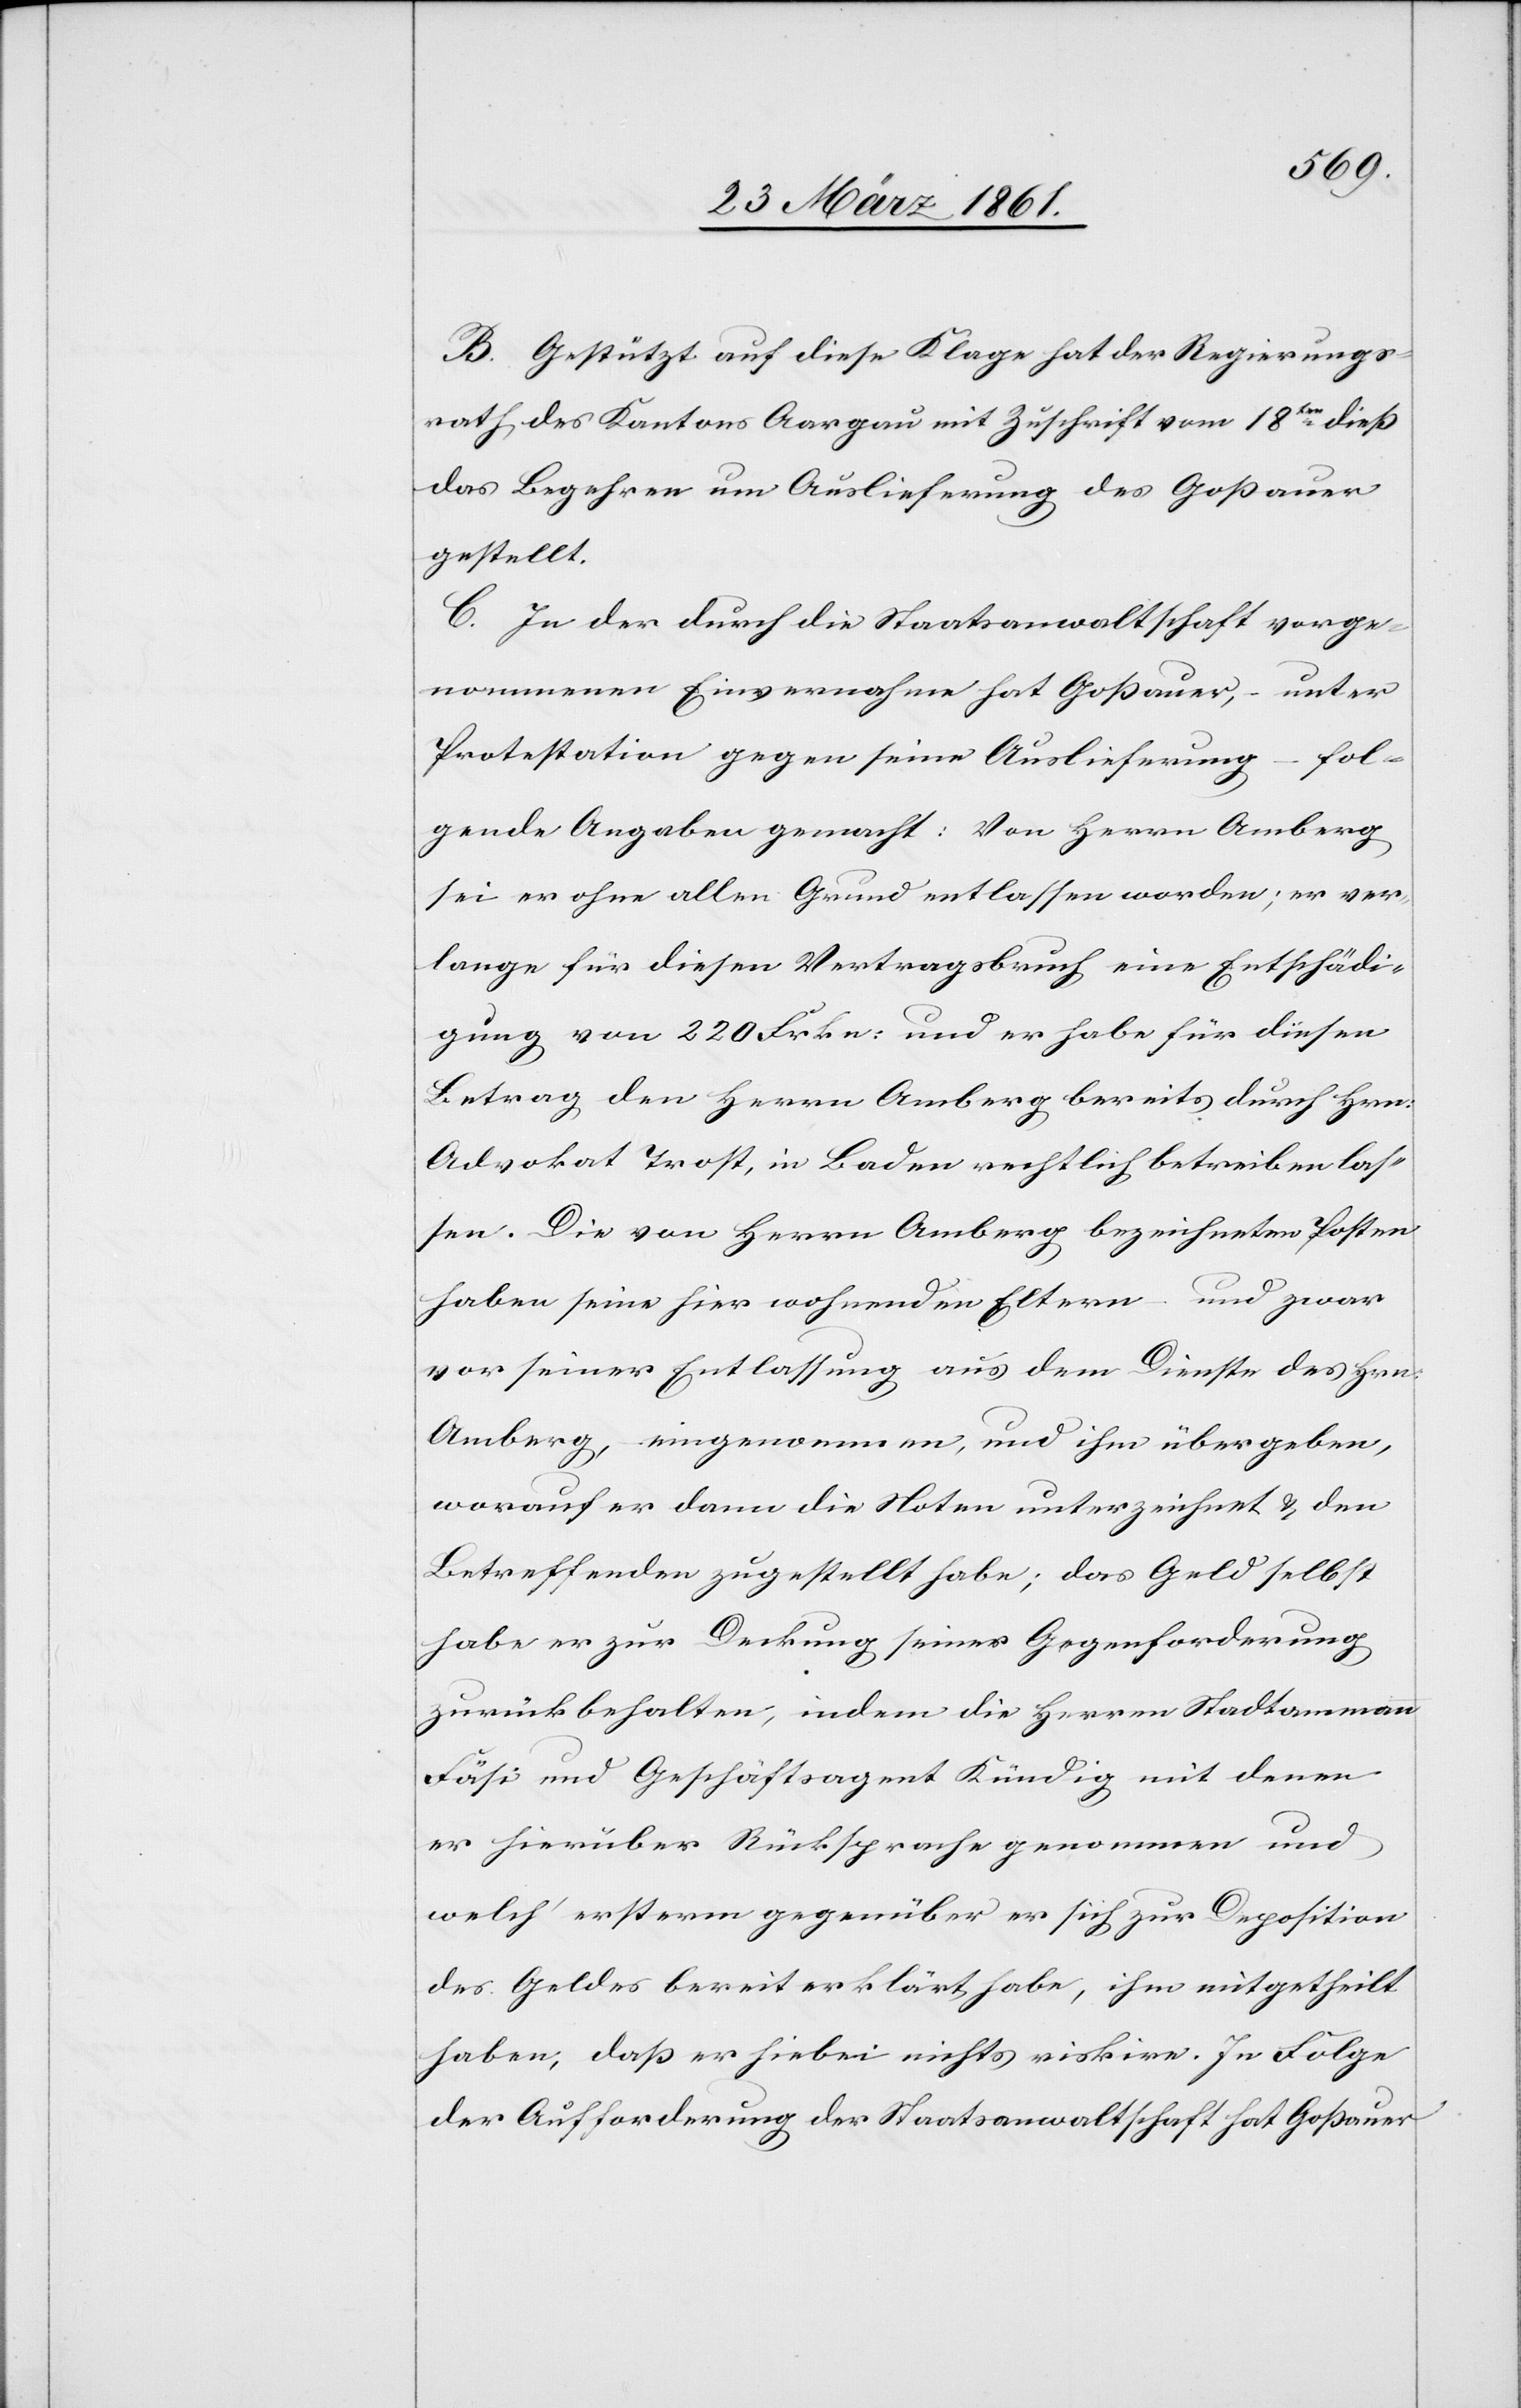
B. Gestützt auf diese Klage hat der Regierungs¬
rath des Kantons Aargau mit Zuschrift vom 18ten dieß
das Begehren um Auslieferung des Goßauer
gestellt.
C. In der durch die Staatsanwaltschaft vorge¬
nommene Einvernahme hat Goßauer – unter
Protestation gegen seine Auslieferung – fol¬
gende Angaben gemacht: Von Herrn Amberg
sei er ohne allen Grund entlassen worden; er ver¬
lange für diesen Vertragsbruche eine Entschädi¬
gung von 220 Frkn. und er habe für diesen
Betrag den Herrn Amberg bereits durch Hrn.
Advokat Trost, in Baden rechtlich betreiben las¬
sen. Die von Herrn Amberg bezeichneten Posten
haben seine hier wohnenden Eltern und zwar
vor seiner Entlassung aus dem Dienste des Hrn.
Amberg, eingenommen, und ihm übergeben,
worauf er dann die Noten unterzeichnet u. den
Betreffenden zugestellt habe; das Geld selbst
habe er zur Deckung seiner Gegenforderung
zurückbehalten, indem die Herren Stadtammann
Fäsi und Geschäftsagent Kündig mit denen
er hierüber Rücksprache genommen und
welch’ ersterm gegenüber er sich zur Deposition
des Geldes bereit erklärt habe, ihm mitgetheilt
haben, daß er hiebei nicht riskire. In Folge
der Aufforderung der Staatsanwaltschaft hat Goßauer